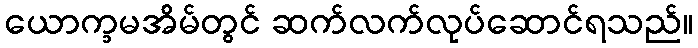
ယောက္ခမအိမ်တွင် ဆက်လက်လုပ်ဆောင်ရသည်။